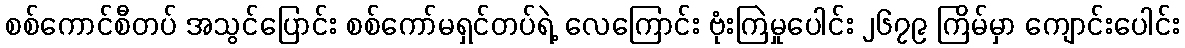
စစ်ကောင်စီတပ် အသွင်ပြောင်း စစ်ကော်မရှင်တပ်ရဲ့ လေကြောင်း ဗုံးကြဲမှုပေါင်း ၂၆၇၉ ကြိမ်မှာ ကျောင်းပေါင်း